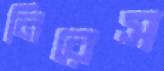
নিরেস